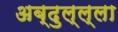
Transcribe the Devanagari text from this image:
अब्दुल्ल्ला